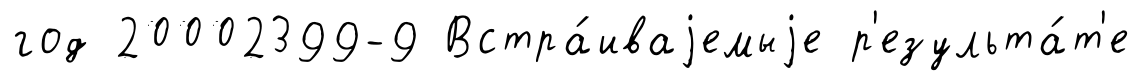
год 20002399-9 Встра́иваjемыjе р'езульта́т'е